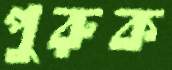
পুরুক